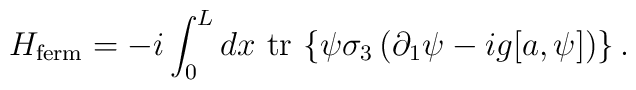
H_{\rm ferm}=-i\int_{0}^{L} dx \,\,  \mbox{tr}\,\left\{\psi\sigma_{3}\left(\partial_{1}\psi-ig [a,\psi] \right)\right\} .